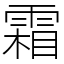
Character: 霜